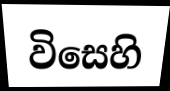
විසෙහි